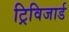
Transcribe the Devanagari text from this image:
ट्रिविजार्ड